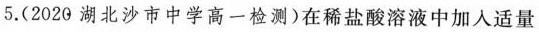
5. (2020 湖北沙市中学高一检测) 在稀盐酸溶液中加入适量